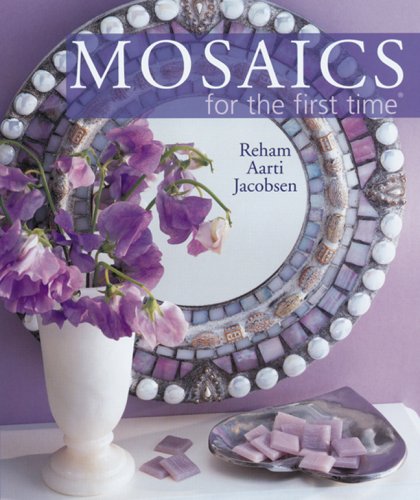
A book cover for Mosaics for the first timeÂ®; Reham Aarti Jacobsen; Crafts, Hobbies & Home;